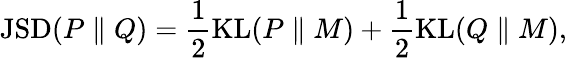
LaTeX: \mathrm{JSD}(P\parallel Q)=\frac{1}{2}\mathrm{KL}(P\parallel M)+\frac{1}{2}\mathrm{KL}(Q\parallel M),